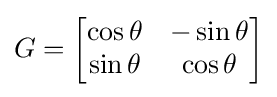
G={\begin{bmatrix}\cos \theta &-\sin \theta \\\sin \theta &\cos \theta \end{bmatrix}}